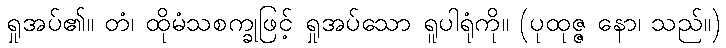
ရှုအပ်၏။ တံ၊ ထိုမံသစက္ခုဖြင့် ရှုအပ်သော ရူပါရုံကို။ (ပုထုဇ္ဇ နော၊ သည်။)